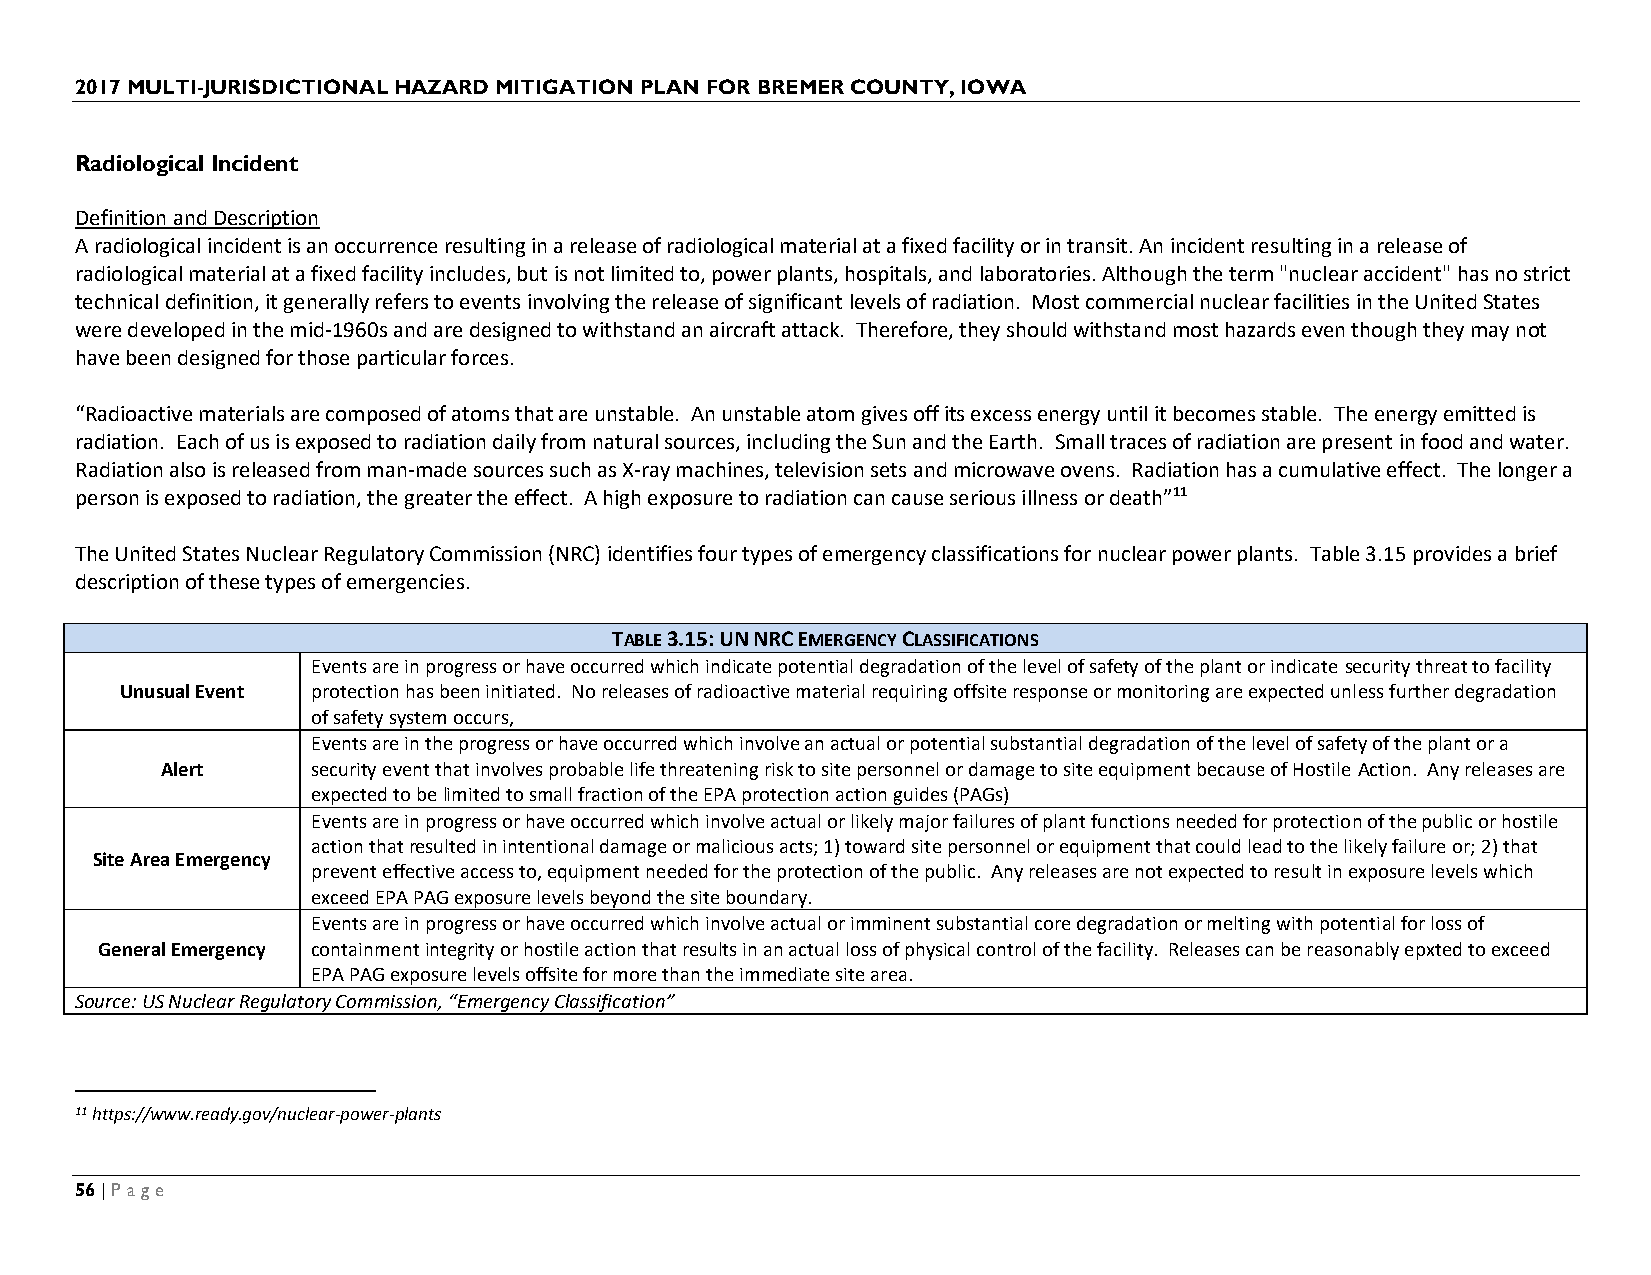
2017 MULTI-JURISDICTIONAL HAZARD MITIGATION PLAN FOR BREMER COUNTY, IOWA
 Radiological Incident
 Definition and Description
 A radiological incident is an occurrence resulting in a release of radiological material at a fixed facility or in transit. An incident resulting in a release of
 radiological material at a fixed facility includes, but is not limited to, power plants, hospitals, and laboratories. Although the term "nuclear accident" has no strict
 technical definition, it generally refers to events involving the release of significant levels of radiation. Most commercial nuclear facilities in the United States
 were developed in the mid-1960s and are designed to withstand an aircraft attack. Therefore, they should withstand most hazards even though they may not
 have been designed for those particular forces.
 “Radioactive materials are composed of atoms that are unstable. An unstable atom gives off its excess energy until it becomes stable. The energy emitted is
 radiation. Each of us is exposed to radiation daily from natural sources, including the Sun and the Earth. Small traces of radiation are present in food and water.
 Radiation also is released from man-made sources such as X-ray machines, television sets and microwave ovens. Radiation has a cumulative effect. The longer a
 person is exposed to radiation, the greater the effect. A high exposure to radiation can cause serious illness or death”11
 The United States Nuclear Regulatory Commission (NRC) identifies four types of emergency classifications for nuclear power plants. Table 3.15 provides a brief
 description of these types of emergencies.
 TABLE 3.15: UN NRC EMERGENCY CLASSIFICATIONS
 Events are in progress or have occurred which indicate potential degradation of the level of safety of the plant or indicate security threat to facility
 Unusual Event protection has been initiated. No releases of radioactive material requiring offsite response or monitoring are expected unless further degradation
 of safety system occurs,
 Events are in the progress or have occurred which involve an actual or potential substantial degradation of the level of safety of the plant or a
 Alert     security event that involves probable life threatening risk to site personnel or damage to site equipment because of Hostile Action. Any releases are
 expected to be limited to small fraction of the EPA protection action guides (PAGs)
 Events are in progress or have occurred which involve actual or likely major failures of plant functions needed for protection of the public or hostile
 action that resulted in intentional damage or malicious acts; 1) toward site personnel or equipment that could lead to the likely failure or; 2) that
 Site Area Emergency
 prevent effective access to, equipment needed for the protection of the public. Any releases are not expected to result in exposure levels which
 exceed EPA PAG exposure levels beyond the site boundary.
 Events are in progress or have occurred which involve actual or imminent substantial core degradation or melting with potential for loss of
 General Emergency containment integrity or hostile action that results in an actual loss of physical control of the facility. Releases can be reasonably epxted to exceed
 EPA PAG exposure levels offsite for more than the immediate site area.
 Source: US Nuclear Regulatory Commission, “Emergency Classification”
 11 https://www.ready.gov/nuclear-power-plants
 56 | Page